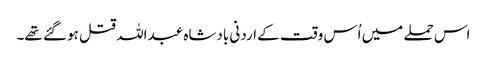
اس حملے میں اُس وقت کے اردنی بادشاہ عبداللہ قتل ہو گئے تھے۔